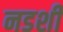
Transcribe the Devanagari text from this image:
नडशी